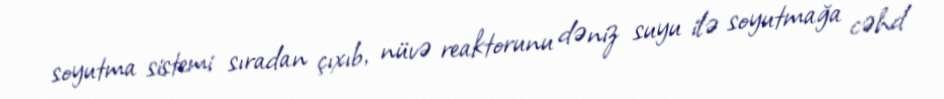
soyutma sistemi sıradan çıxıb, nüvə reaktorunu dəniz suyu ilə soyutmağa cəhd